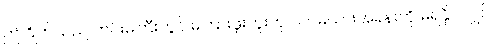
ဤဂြိုဟ်သည် ကင်းမကြီးတွင် မကြားဖူးဘူးဟု လင်မယားအခန်းကို မရနိုင်လျှင်